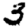
Digit: 3